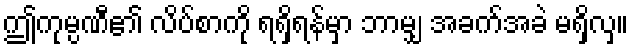
ဤကုမ္ပဏီ၏ လိပ်စာကို ရရှိရန်မှာ ဘာမျှ အခက်အခဲ မရှိလှ။